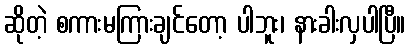
ဆိုတဲ့ စကားမကြားချင်တော့ ပါဘူး၊ နားခါးလှပါပြီ။